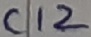
Text: C12